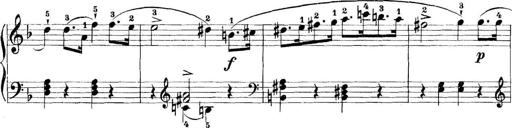
Title: 11 Sonatinas
Composer: Anton Diabelli